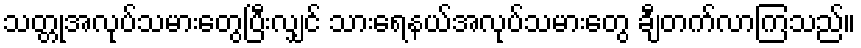
သတ္တုအလုပ်သမားတွေပြီးလျှင် သားရေနယ်အလုပ်သမားတွေ ချီတက်လာကြသည်။